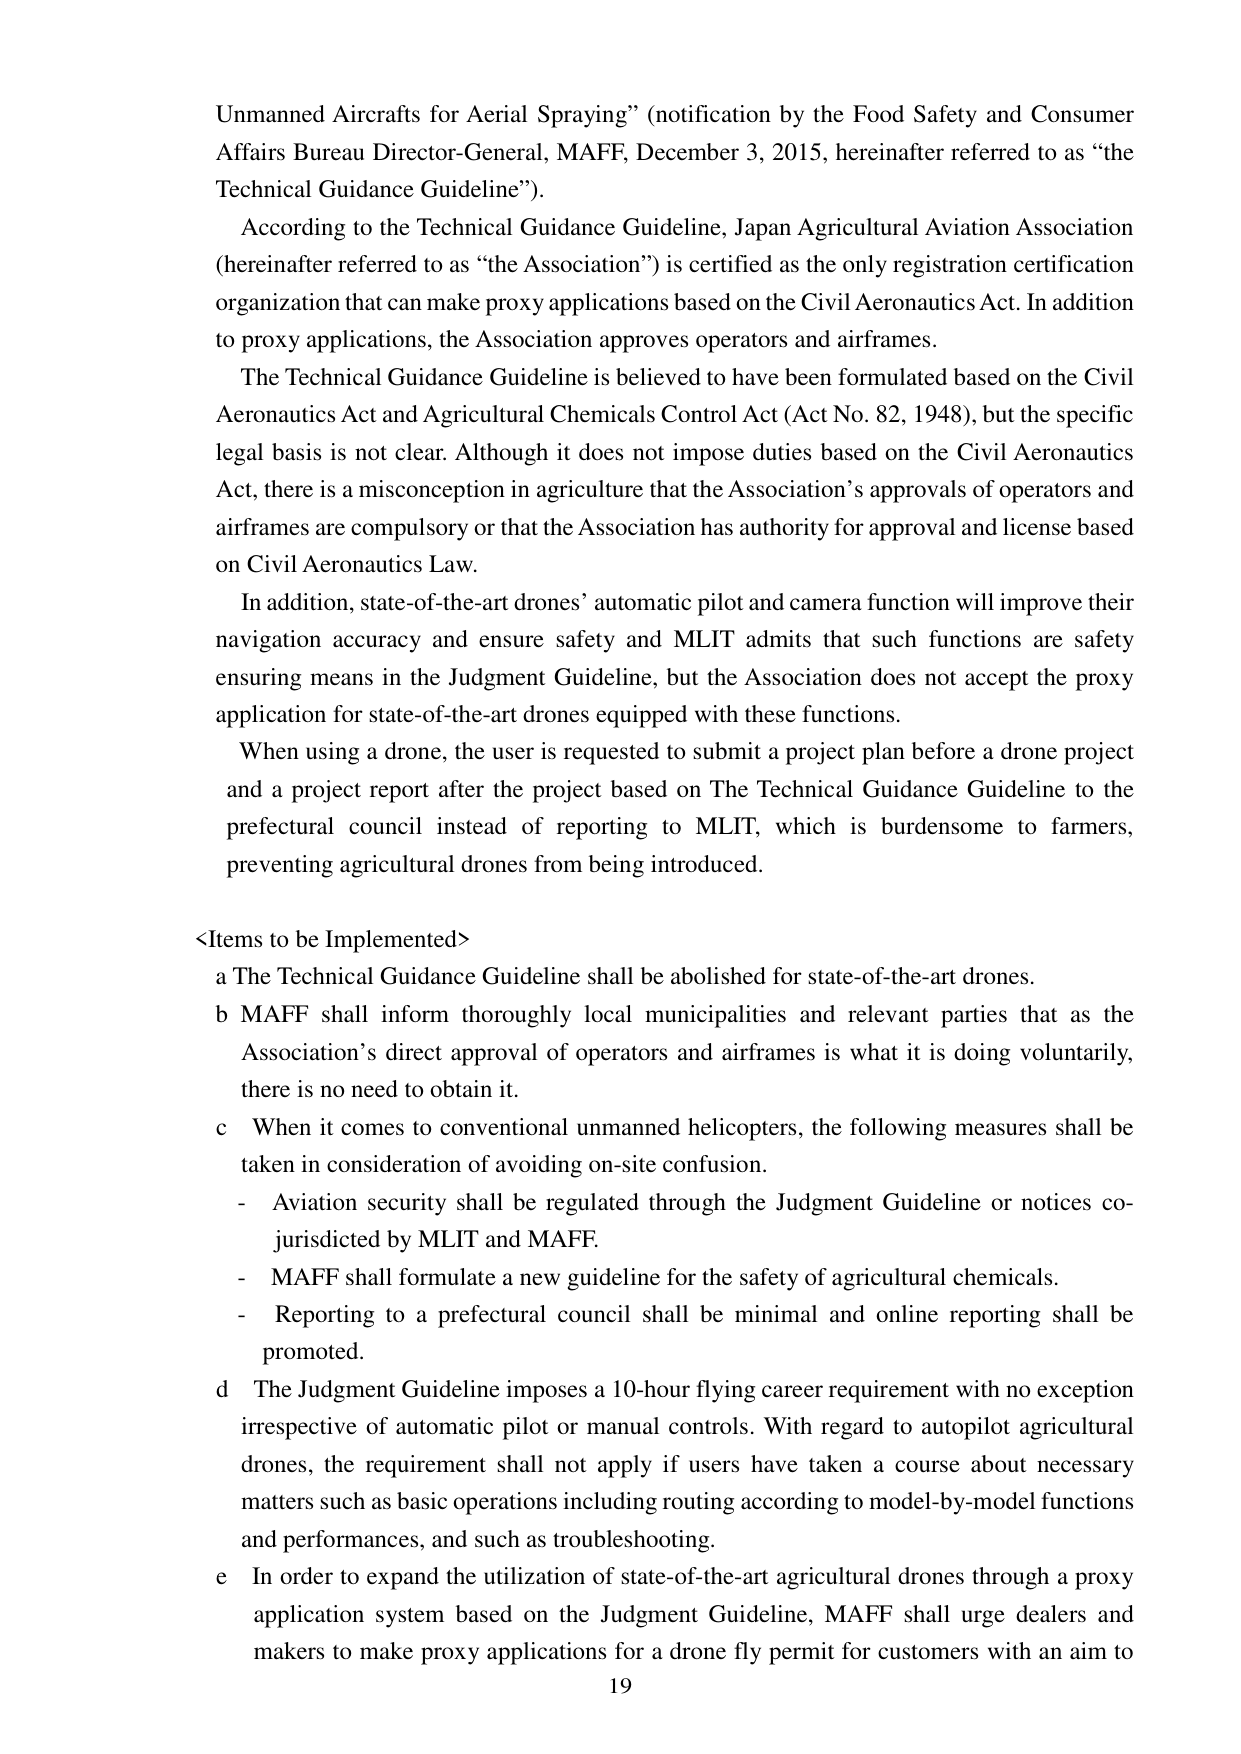
Unmanned Aircrafts for Aerial Spraying” (notification by the Food Safety and Consumer Affairs Bureau Director-General, MAFF, December 3, 2015, hereinafter referred to as “the Technical Guidance Guideline”).

According to the Technical Guidance Guideline, Japan Agricultural Aviation Association (hereinafter referred to as “the Association”) is certified as the only registration certification organization that can make proxy applications based on the Civil Aeronautics Act. In addition to proxy applications, the Association approves operators and airframes.

The Technical Guidance Guideline is believed to have been formulated based on the Civil Aeronautics Act and Agricultural Chemicals Control Act (Act No. 82, 1948), but the specific legal basis is not clear. Although it does not impose duties based on the Civil Aeronautics Act, there is a misconception in agriculture that the Association’s approvals of operators and airframes are compulsory or that the Association has authority for approval and license based on Civil Aeronautics Law.

In addition, state-of-the-art drones’ automatic pilot and camera function will improve their navigation accuracy and ensure safety and MLIT admits that such functions are safety ensuring means in the Judgment Guideline, but the Association does not accept the proxy application for state-of-the-art drones equipped with these functions.

When using a drone, the user is requested to submit a project plan before a drone project and a project report after the project based on The Technical Guidance Guideline to the prefectural council instead of reporting to MLIT, which is burdensome to farmers, preventing agricultural drones from being introduced.

<Items to be Implemented>
a The Technical Guidance Guideline shall be abolished for state-of-the-art drones.
b MAFF shall inform thoroughly local municipalities and relevant parties that as the Association’s direct approval of operators and airframes is what it is doing voluntarily, there is no need to obtain it.
c When it comes to conventional unmanned helicopters, the following measures shall be taken in consideration of avoiding on-site confusion.
- Aviation security shall be regulated through the Judgment Guideline or notices co-jurisdicted by MLIT and MAFF.
- MAFF shall formulate a new guideline for the safety of agricultural chemicals.
- Reporting to a prefectural council shall be minimal and online reporting shall be promoted.
d The Judgment Guideline imposes a 10-hour flying career requirement with no exception irrespective of automatic pilot or manual controls. With regard to autopilot agricultural drones, the requirement shall not apply if users have taken a course about necessary matters such as basic operations including routing according to model-by-model functions and performances, and such as troubleshooting.
e In order to expand the utilization of state-of-the-art agricultural drones through a proxy application system based on the Judgment Guideline, MAFF shall urge dealers and makers to make proxy applications for a drone fly permit for customers with an aim to

19